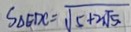
S _ { \Delta } E D C = \sqrt { 5 + 2 \sqrt { 5 } }